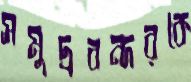
সমুদ্রবন্দরকে